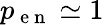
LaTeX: p_{\mathrm{~e~n~}}\simeq 1